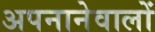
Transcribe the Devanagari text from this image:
अपनानेवालों